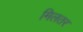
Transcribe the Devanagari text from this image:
मिलतर